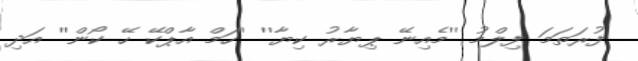
ފުރަތަމަ ފިލްމު ''މެއިނޭ ޕިޔާރު ކިޔާ'' ''ހަމް އާޕްކޭ ހޭ ކޯން'' އަދި